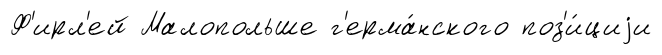
Ф'ирл'ей Малопольше г'ерма́нского поз'и́циjи